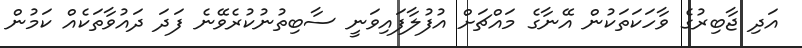
އަދި ޖާބިރުގެ ވާހަކަތަކުން އޭނާގެ މައްޗަށް އުފުލާފައިވަނީ ސާބިތުނުކުރެވޭނެ ފަދަ ދައުވާތަކެއް ކަމުން